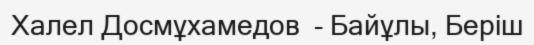
Халел Досмұхамедов  - Байұлы, Беріш